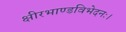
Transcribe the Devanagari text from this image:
क्षीरभाण्डविभेदनः।